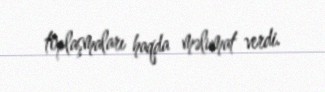
toplaşmaları haqda məlumat verdi.